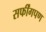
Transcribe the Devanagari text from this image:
सर्फींगपण